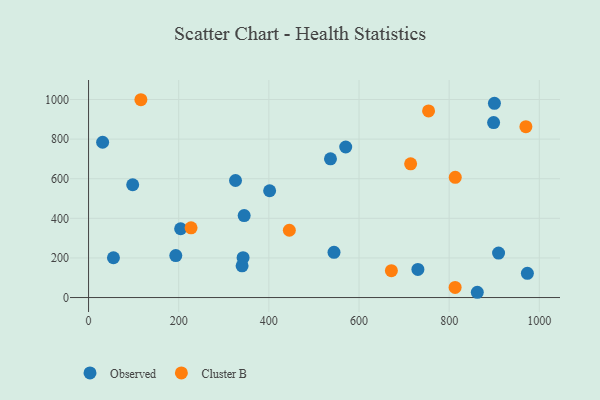
{"axis": {"x": "Distance", "y": "Rating"}, "legend": ["Cluster B", "Observed"], "data": [{"x": "898.6", "y": 883.3, "type": "Observed"}, {"x": "345.2", "y": 414.1, "type": "Observed"}, {"x": "909.6", "y": 224.3, "type": "Observed"}, {"x": "570.5", "y": 760.2, "type": "Observed"}, {"x": "55.2", "y": 200.9, "type": "Observed"}, {"x": "544.5", "y": 228.4, "type": "Observed"}, {"x": "730.6", "y": 141.8, "type": "Observed"}, {"x": "401.7", "y": 539.2, "type": "Observed"}, {"x": "862.4", "y": 26.6, "type": "Observed"}, {"x": "973.5", "y": 122.1, "type": "Observed"}, {"x": "193.5", "y": 212.1, "type": "Observed"}, {"x": "326.0", "y": 591.1, "type": "Observed"}, {"x": "97.9", "y": 569.6, "type": "Observed"}, {"x": "340.6", "y": 160.1, "type": "Observed"}, {"x": "204.2", "y": 347.5, "type": "Observed"}, {"x": "342.8", "y": 201.3, "type": "Observed"}, {"x": "900.4", "y": 980.5, "type": "Observed"}, {"x": "536.7", "y": 700.4, "type": "Observed"}, {"x": "31.2", "y": 784.2, "type": "Observed"}, {"x": "445.4", "y": 339.9, "type": "Cluster B"}, {"x": "671.8", "y": 135.6, "type": "Cluster B"}, {"x": "813.5", "y": 606.8, "type": "Cluster B"}, {"x": "970.2", "y": 862.7, "type": "Cluster B"}, {"x": "754.3", "y": 942.2, "type": "Cluster B"}, {"x": "227.4", "y": 351.9, "type": "Cluster B"}, {"x": "116.1", "y": 998.9, "type": "Cluster B"}, {"x": "714.5", "y": 675.4, "type": "Cluster B"}, {"x": "813.2", "y": 51.2, "type": "Cluster B"}]}